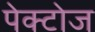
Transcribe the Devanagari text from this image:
पेक्टोज